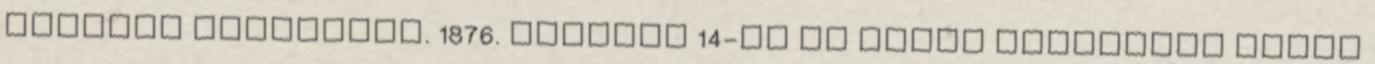
lakások ablakaiba. 1876. március 14-én az árvíz elöntötte budai